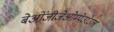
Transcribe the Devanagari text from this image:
बेओंजीजेओम्पेउरेउल